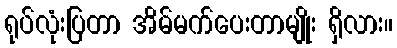
ရုပ်လုံးပြတာ အိမ်မက်ပေးတာမျိုး ရှိလား။